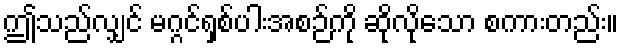
ဤသည်လျှင် မဂ္ဂင်ရှစ်ပါးအစဉ်ကို ဆိုလိုသော စကားတည်း။